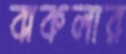
বাকলার